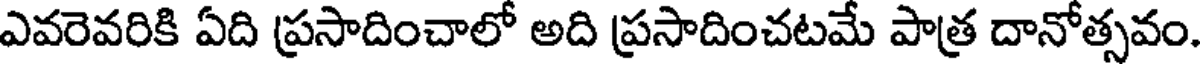
ఎవరెవరికి ఏది ప్రసాదించాలో అది ప్రసాదించటమే పాత్ర దానోత్సవం.